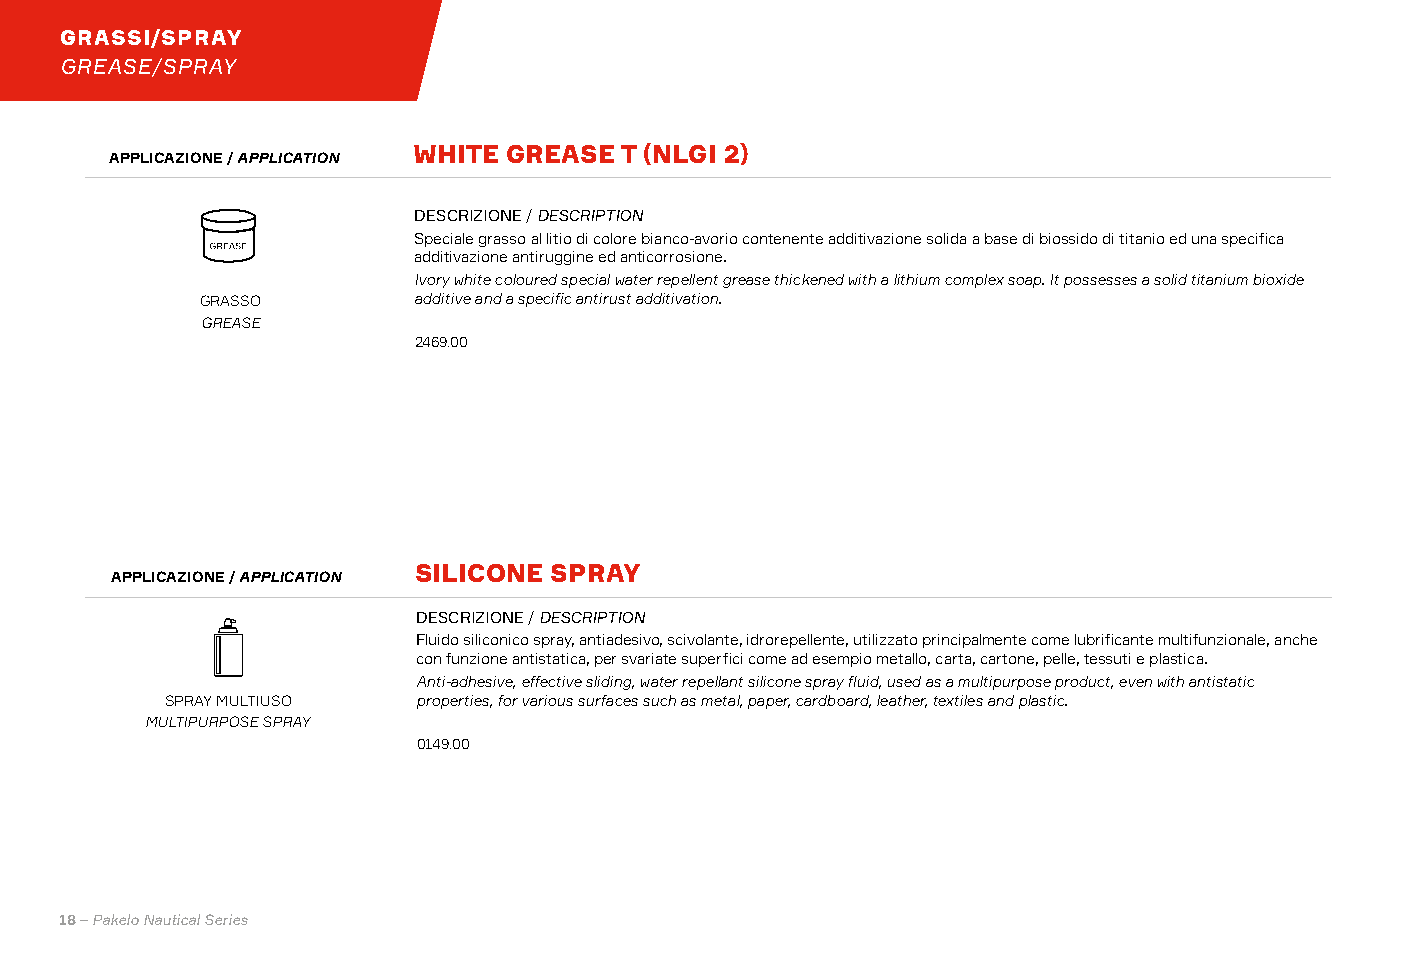
GRASSI/SPRAY
 GREASE/SPRAY
 WHITE  GREASE T (NLGI 2)
 APPLICAZIONE / APPLICATION
 DESCRIZIONE / DESCRIPTION
 Speciale grasso al litio di colore bianco-avorio contenente additivazione solida a base di biossido di titanio ed una specifica
 additivazione antiruggine ed anticorrosione.
 Ivory white coloured special water repellent grease thickened with a lithium complex soap. It possesses a solid titanium bioxide
 GRASSO        additive and a specific antirust additivation.
 GREASE
 2469.00
 SILICONE SPRAY
 APPLICAZIONE / APPLICATION
 DESCRIZIONE / DESCRIPTION
 Fluido siliconico spray, antiadesivo, scivolante, idrorepellente, utilizzato principalmente come lubrificante multifunzionale, anche
 con funzione antistatica, per svariate superfici come ad esempio metallo, carta, cartone, pelle, tessuti e plastica.
 Anti-adhesive, effective sliding, water repellant silicone spray fluid, used as a multipurpose product, even with antistatic
 SPRAY MULTIUSO   properties, for various surfaces such as metal, paper, cardboard, leather, textiles and plastic.
 MULTIPURPOSE SPRAY
 0149.00
 18 – Pakelo Nautical Series